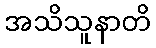
အသိသူနာတိ